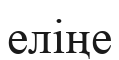
еліңе